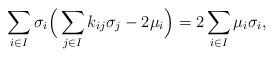
LaTeX: \begin{align*}\sum\limits_{i\in I}\sigma_{i}\Big(\sum\limits_{j\in I}k_{ij}\sigma_{j}-2\mu_{i}\Big)=2\sum\limits_{i\in I}\mu_{i}\sigma_{i},\end{align*}